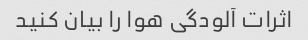
اثرات آلودگی هوا را بیان کنید